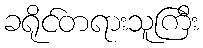
ခရိုင်တရားသူကြီး